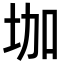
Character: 𡊗